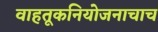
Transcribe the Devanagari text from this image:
वाहतूकनियोजनाचाच